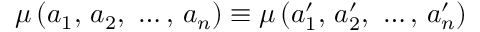
\mu \left( a _ { 1 } { \mathrm { , ~ } } a _ { 2 } { \mathrm { , ~ } } \ldots { } { \mathrm { , ~ } } a _ { n } \right) \equiv \mu \left( a _ { 1 } ^ { \prime } { \mathrm { , ~ } } a _ { 2 } ^ { \prime } { \mathrm { , ~ } } \ldots { } { \mathrm { , ~ } } a _ { n } ^ { \prime } \right)